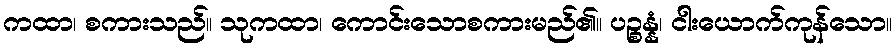
ကထာ၊ စကားသည်။ သုကထာ၊ ကောင်းသောစကားမည်၏။ ပဉ္စန္နံ၊ ငါးယောက်ကုန်သော။